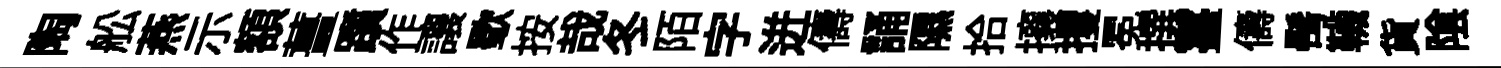
陶舩燕示額薑躓作讓歜按哉冬陌字迸儔誦隰拾攘攫冕撰薹儔髩韈貨隂